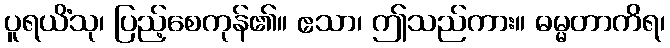
ပူရယိံသု၊ ပြည့်စေကုန်၏။ ဧသာ၊ ဤသည်ကား။ ဓမ္မတာကိရ၊